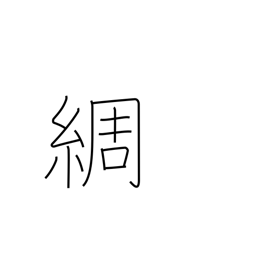
Meaning: detailed